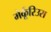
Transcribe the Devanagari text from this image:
मेर्कूरिउस